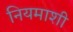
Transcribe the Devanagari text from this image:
नियमाशी